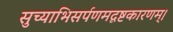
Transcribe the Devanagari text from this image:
सुच्याभिसर्पणमदृष्टकारणम्।